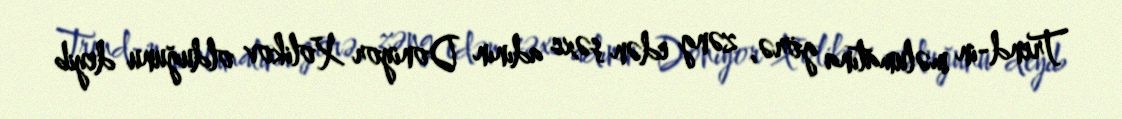
Trend-in məlumatına görə, zəng edən şəxs adının Doniyor Xolikov olduğunu deyib